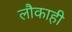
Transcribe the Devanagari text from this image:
लौकाही